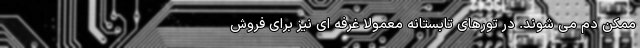
ممکن دم می شوند. در تورهای تابستانه معمولا غرفه ای نیز برای فروش